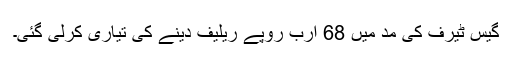
گیس ٹیرف کی مد میں 68 ارب روپے ریلیف دینے کی تیاری کرلی گئی۔